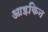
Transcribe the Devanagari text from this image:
आइकिन